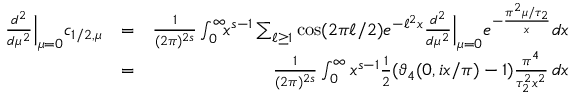
\begin{array} { r l r } { { \frac { d ^ { 2 } } { d \mu ^ { 2 } } } \Big | _ { \mu = 0 } c _ { 1 / 2 , { \mu } } } & { = } & { \frac 1 { ( 2 \pi ) ^ { 2 s } } \int _ { 0 } ^ { \infty } \! \! x ^ { s - 1 } \sum _ { \ell \geq 1 } \cos ( 2 \pi \ell / 2 ) e ^ { - \ell ^ { 2 } x } { \frac { d ^ { 2 } } { d \mu ^ { 2 } } } \Big | _ { \mu = 0 } e ^ { - \frac { \pi ^ { 2 } \mu / \tau _ { 2 } } { x } } d x } \\ & { = } & { \frac 1 { ( 2 \pi ) ^ { 2 s } } \int _ { 0 } ^ { \infty } x ^ { s - 1 } { \frac { 1 } { 2 } } ( \vartheta _ { 4 } ( 0 , i x / \pi ) - 1 ) \frac { \pi ^ { 4 } } { \tau _ { 2 } ^ { 2 } x ^ { 2 } } \, d x } \end{array}